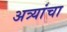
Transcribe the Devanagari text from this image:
अत्र्यांचा